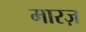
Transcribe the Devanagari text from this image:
मारज़